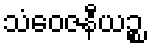
သံဝေဇနီယဉ္စ